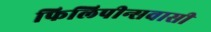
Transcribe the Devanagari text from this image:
फिलिपीन्सवासी